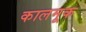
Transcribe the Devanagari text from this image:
कालमूक